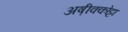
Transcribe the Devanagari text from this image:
अष़ीक्कोट्टा